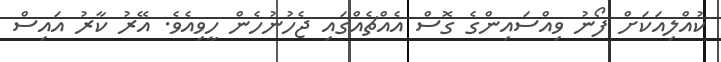
ކުއްލިއަކަށް ފޯނު ވިއްސައިންގެ ގޮސް އެއްޗެއްގައި ޖެހުނުހެން ހީވިއެވެ. އޭރު ކާރު އައިސް